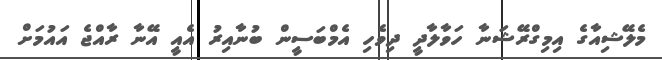
މެލޭޝިއާގެ އިމިގްރޭޝަނާ ހަވާލާދީ ދިވެހި އެމްބަސީން ބުނާއިރު އެއީ އޭނާ ރާއްޖެ އައުމަށް